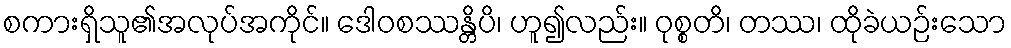
စကားရှိသူ၏အလုပ်အကိုင်။ ဒေါဝစဿန္တိပိ၊ ဟူ၍လည်း။ ဝုစ္စတိ၊ တဿ၊ ထိုခဲယဉ်းသော